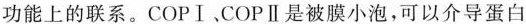
功能上的联系。COPⅠ。COPⅡ是被膜小泡，可以介导蛋白